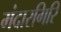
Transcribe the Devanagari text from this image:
मंदारगिरि